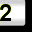
Digit: 2